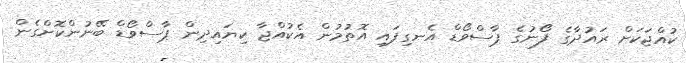
ކުއްޖަކަށް ރައުދާގެ ފޯނުގެ ޕާސްވޯޑް އެނގިފައި އޮތުމުން އެކުއްޖާ ކިޔައިދިން ޕާސްވޯޑް ބޭނުންކޮށްގެން